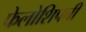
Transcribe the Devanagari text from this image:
फेलोशिपची